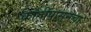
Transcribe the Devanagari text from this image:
क्रांतीपासूनचा